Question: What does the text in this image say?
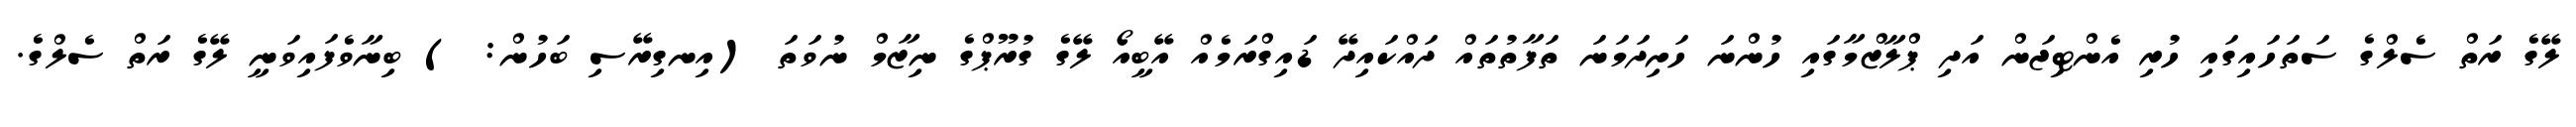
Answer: ލޭގެ ރަތް ސެލްގެ ސަތަހައިގައި ހުރި އެންޓިޖަން އަދި ޕްލާޒްމާގައި ހުންނަ ހަށިދަމަނަ ތަފާތުތައް ދައްކައިދޭ ޑައިގްރަމެއް އޭބީއޯ ލޭގެ ގުރޫޕްގެ ނިޒާމް ނުވަތަ (އިނގިރޭސި ބަހުން: ) ބިނާވެފައިވަނީ ލޭގެ ރަތް ސެލްގެ.